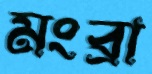
মংব্রা